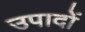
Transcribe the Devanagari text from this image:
उपादों